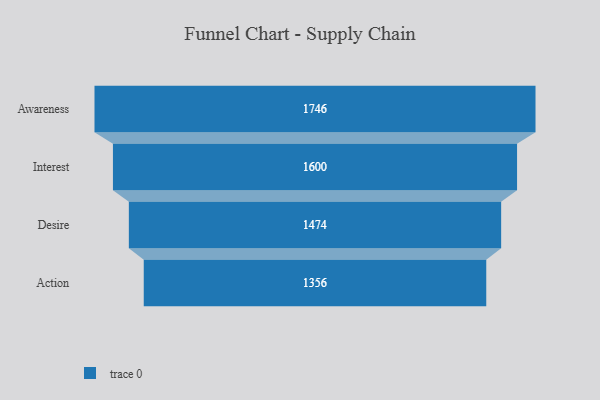
{"axis": {"x": "Stage", "y": "Value"}, "legend": [""], "data": [{"x": "Awareness", "y": 1746.0, "type": ""}, {"x": "Interest", "y": 1600.0, "type": ""}, {"x": "Desire", "y": 1474.0, "type": ""}, {"x": "Action", "y": 1356.0, "type": ""}]}